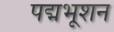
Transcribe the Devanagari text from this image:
पद्मभूशन